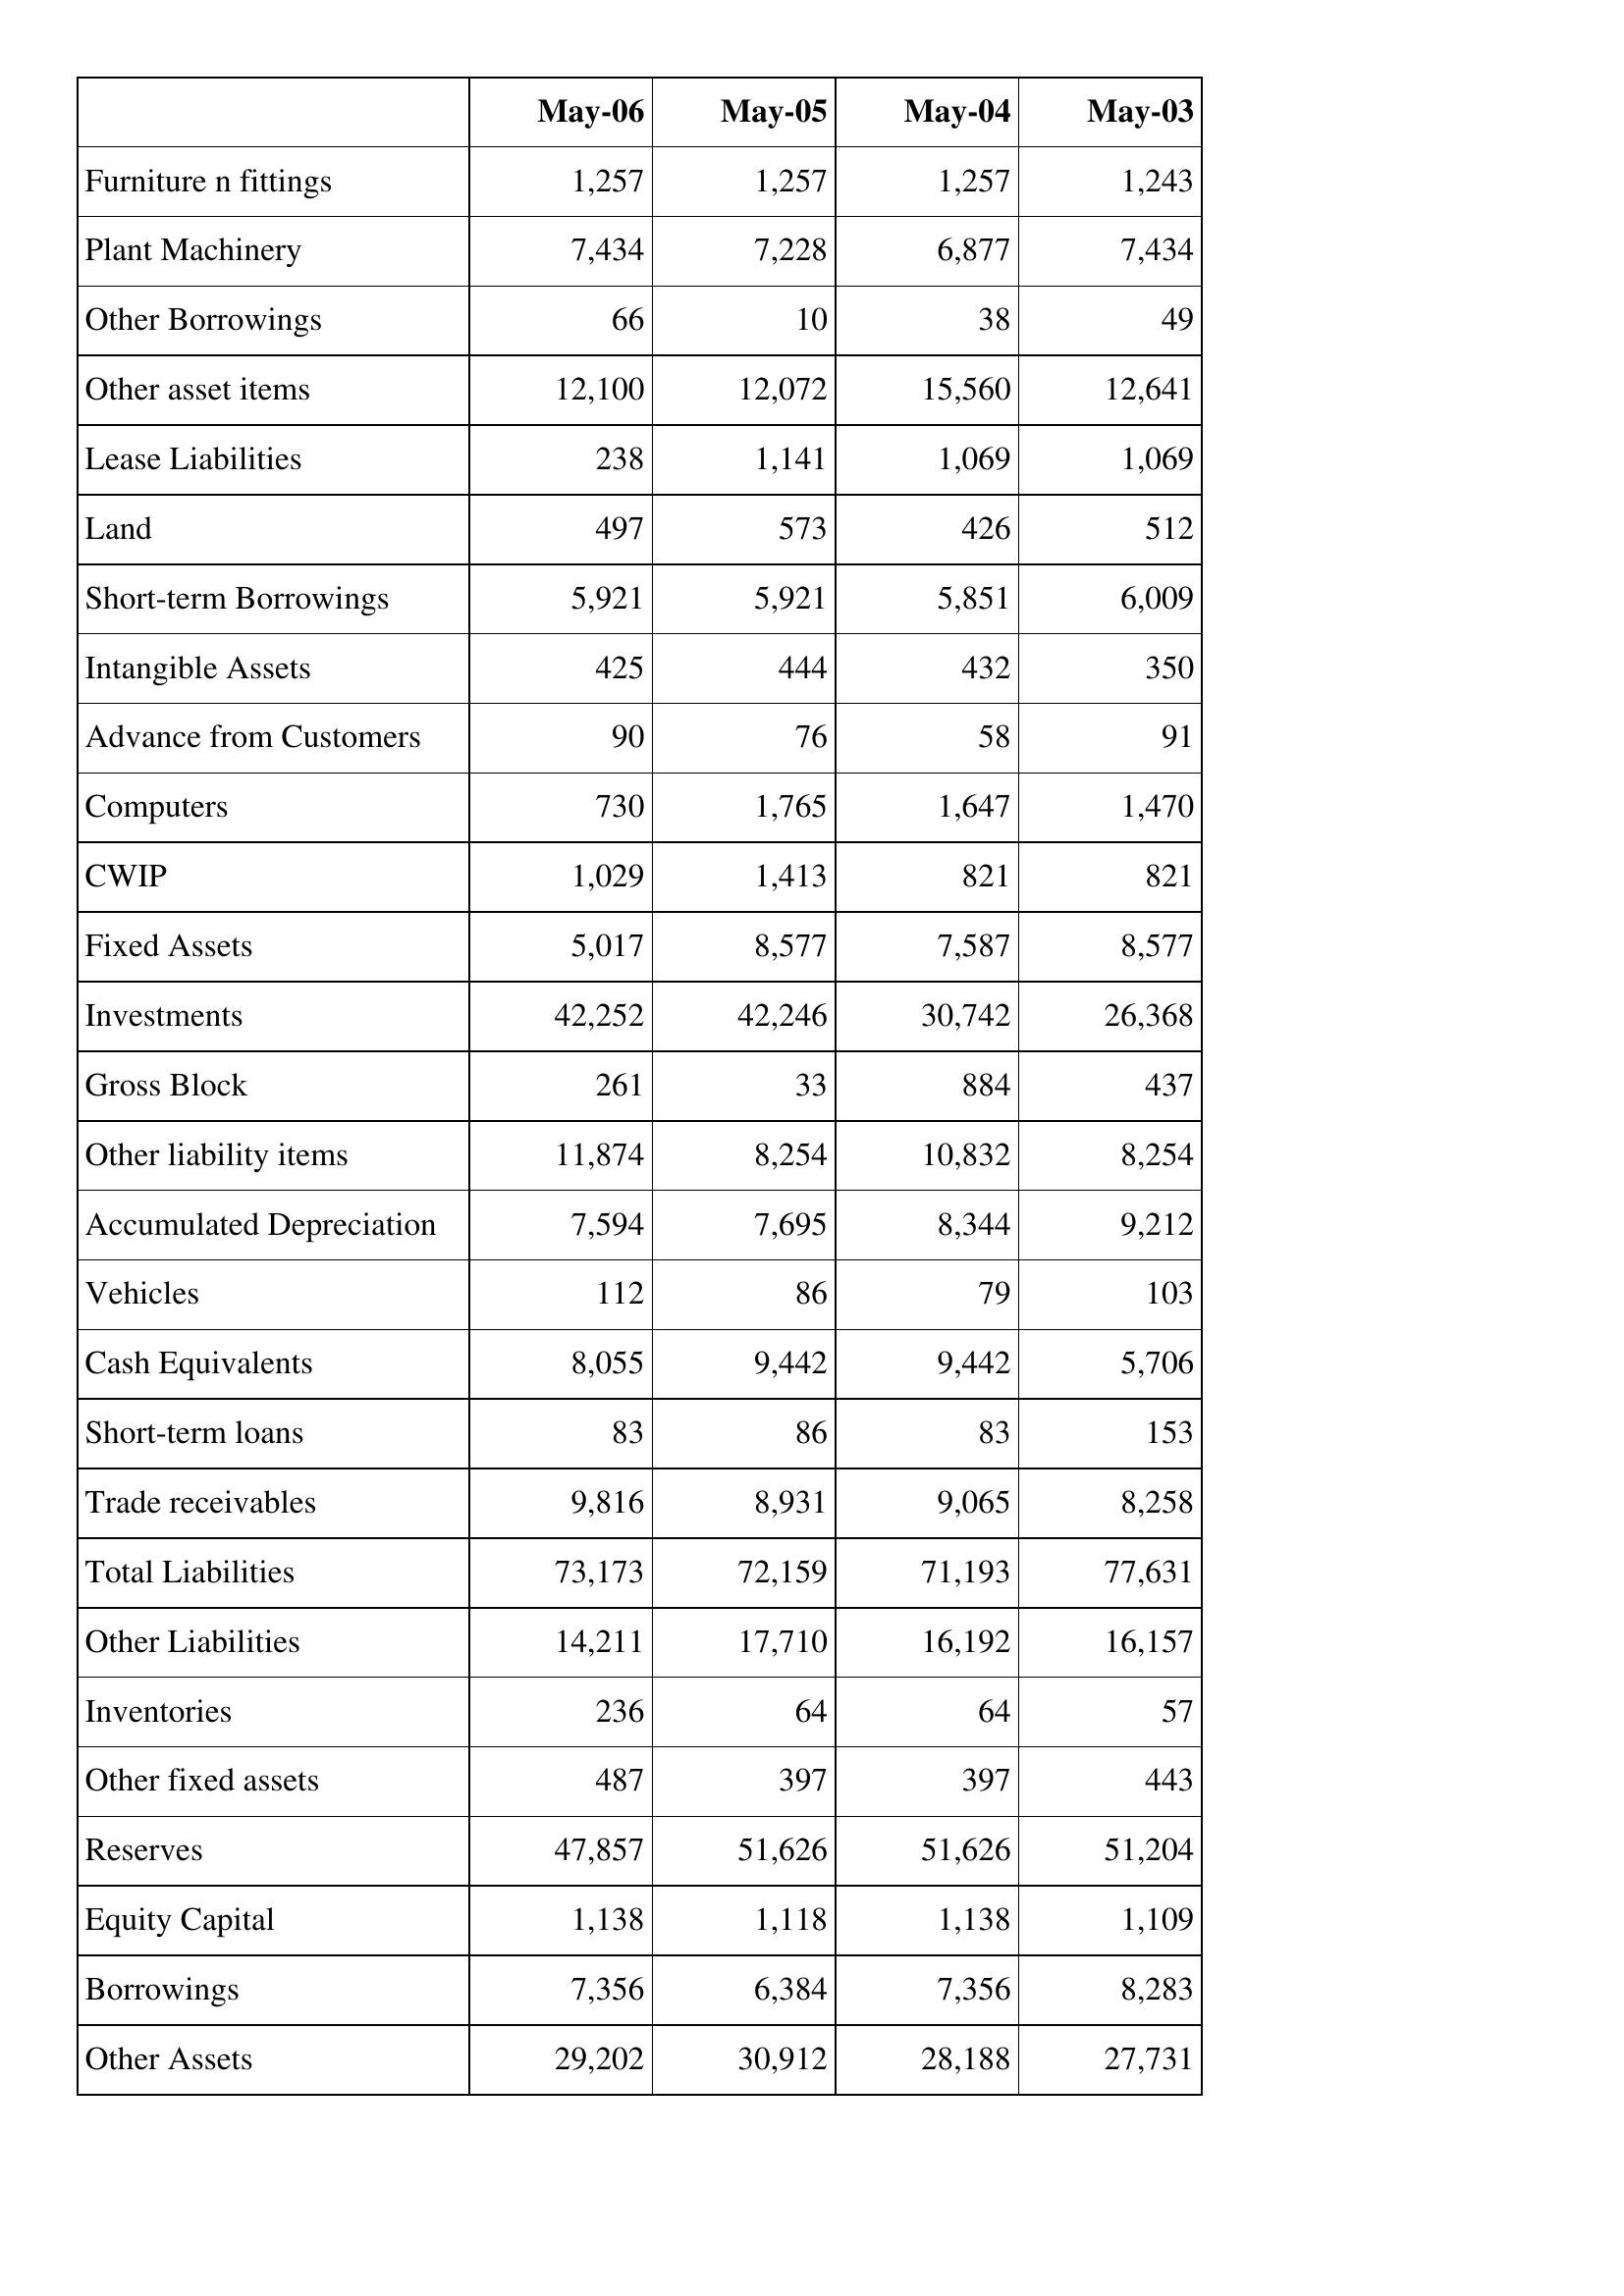
May-06: Balance Sheet: Furniture n fittings: 1,257
Plant Machinery: 7,434
Other Borrowings: 66
Other asset items: 12,100
Lease Liabilities: 238
Land: 497
Short-term Borrowings: 5,921
Intangible Assets: 425
Advance from Customers: 90
Computers: 730
CWIP: 1,029
Fixed Assets: 5,017
Investments: 42,252
Gross Block: 261
Other liability items: 11,874
Accumulated Depreciation: 7,594
Vehicles: 112
Cash Equivalents: 8,055
Short-term loans: 83
Trade receivables: 9,816
Total Liabilities: 73,173
Other Liabilities: 14,211
Inventories: 236
Other fixed assets: 487
Reserves: 47,857
Equity Capital: 1,138
Borrowings: 7,356
Other Assets: 29,202
May-05: Balance Sheet: Furniture n fittings: 1,257
Plant Machinery: 7,228
Other Borrowings: 10
Other asset items: 12,072
Lease Liabilities: 1,141
Land: 573
Short-term Borrowings: 5,921
Intangible Assets: 444
Advance from Customers: 76
Computers: 1,765
CWIP: 1,413
Fixed Assets: 8,577
Investments: 42,246
Gross Block: 33
Other liability items: 8,254
Accumulated Depreciation: 7,695
Vehicles: 86
Cash Equivalents: 9,442
Short-term loans: 86
Trade receivables: 8,931
Total Liabilities: 72,159
Other Liabilities: 17,710
Inventories: 64
Other fixed assets: 397
Reserves: 51,626
Equity Capital: 1,118
Borrowings: 6,384
Other Assets: 30,912
May-04: Balance Sheet: Furniture n fittings: 1,257
Plant Machinery: 6,877
Other Borrowings: 38
Other asset items: 15,560
Lease Liabilities: 1,069
Land: 426
Short-term Borrowings: 5,851
Intangible Assets: 432
Advance from Customers: 58
Computers: 1,647
CWIP: 821
Fixed Assets: 7,587
Investments: 30,742
Gross Block: 884
Other liability items: 10,832
Accumulated Depreciation: 8,344
Vehicles: 79
Cash Equivalents: 9,442
Short-term loans: 83
Trade receivables: 9,065
Total Liabilities: 71,193
Other Liabilities: 16,192
Inventories: 64
Other fixed assets: 397
Reserves: 51,626
Equity Capital: 1,138
Borrowings: 7,356
Other Assets: 28,188
May-03: Balance Sheet: Furniture n fittings: 1,243
Plant Machinery: 7,434
Other Borrowings: 49
Other asset items: 12,641
Lease Liabilities: 1,069
Land: 512
Short-term Borrowings: 6,009
Intangible Assets: 350
Advance from Customers: 91
Computers: 1,470
CWIP: 821
Fixed Assets: 8,577
Investments: 26,368
Gross Block: 437
Other liability items: 8,254
Accumulated Depreciation: 9,212
Vehicles: 103
Cash Equivalents: 5,706
Short-term loans: 153
Trade receivables: 8,258
Total Liabilities: 77,631
Other Liabilities: 16,157
Inventories: 57
Other fixed assets: 443
Reserves: 51,204
Equity Capital: 1,109
Borrowings: 8,283
Other Assets: 27,731